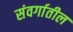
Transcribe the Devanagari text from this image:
संवर्गातील